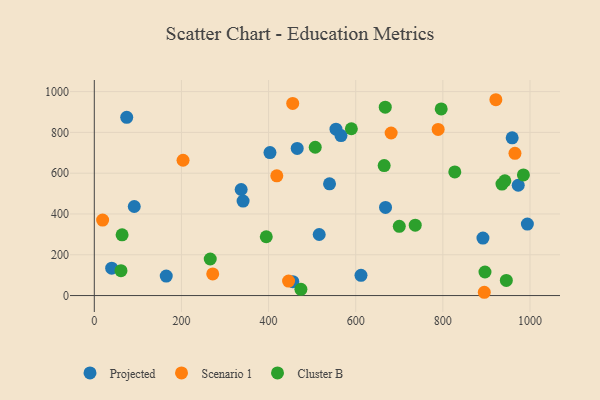
{"axis": {"x": "Investment", "y": "Fuel Efficiency"}, "legend": ["Cluster B", "Projected", "Scenario 1"], "data": [{"x": "554.7", "y": 815.9, "type": "Projected"}, {"x": "403.2", "y": 701.1, "type": "Projected"}, {"x": "516.2", "y": 299.5, "type": "Projected"}, {"x": "668.4", "y": 432.2, "type": "Projected"}, {"x": "165.1", "y": 95.7, "type": "Projected"}, {"x": "74.4", "y": 874.0, "type": "Projected"}, {"x": "465.7", "y": 721.4, "type": "Projected"}, {"x": "341.5", "y": 463.3, "type": "Projected"}, {"x": "994.0", "y": 350.4, "type": "Projected"}, {"x": "959.1", "y": 773.4, "type": "Projected"}, {"x": "892.0", "y": 281.8, "type": "Projected"}, {"x": "612.1", "y": 99.0, "type": "Projected"}, {"x": "39.9", "y": 134.5, "type": "Projected"}, {"x": "91.7", "y": 436.6, "type": "Projected"}, {"x": "973.0", "y": 540.8, "type": "Projected"}, {"x": "337.1", "y": 520.1, "type": "Projected"}, {"x": "539.9", "y": 547.8, "type": "Projected"}, {"x": "455.7", "y": 68.0, "type": "Projected"}, {"x": "566.2", "y": 784.5, "type": "Projected"}, {"x": "789.2", "y": 814.8, "type": "Scenario 1"}, {"x": "921.7", "y": 960.2, "type": "Scenario 1"}, {"x": "19.1", "y": 370.0, "type": "Scenario 1"}, {"x": "203.7", "y": 663.5, "type": "Scenario 1"}, {"x": "418.9", "y": 587.3, "type": "Scenario 1"}, {"x": "965.5", "y": 697.2, "type": "Scenario 1"}, {"x": "895.1", "y": 16.1, "type": "Scenario 1"}, {"x": "271.8", "y": 106.3, "type": "Scenario 1"}, {"x": "455.4", "y": 942.2, "type": "Scenario 1"}, {"x": "681.3", "y": 797.1, "type": "Scenario 1"}, {"x": "445.9", "y": 70.9, "type": "Scenario 1"}, {"x": "394.7", "y": 288.4, "type": "Cluster B"}, {"x": "736.6", "y": 345.0, "type": "Cluster B"}, {"x": "942.3", "y": 562.8, "type": "Cluster B"}, {"x": "266.1", "y": 179.3, "type": "Cluster B"}, {"x": "665.3", "y": 637.4, "type": "Cluster B"}, {"x": "984.9", "y": 591.6, "type": "Cluster B"}, {"x": "945.7", "y": 74.2, "type": "Cluster B"}, {"x": "667.8", "y": 923.8, "type": "Cluster B"}, {"x": "700.0", "y": 339.5, "type": "Cluster B"}, {"x": "63.8", "y": 297.7, "type": "Cluster B"}, {"x": "935.7", "y": 546.5, "type": "Cluster B"}, {"x": "474.2", "y": 30.4, "type": "Cluster B"}, {"x": "61.2", "y": 121.9, "type": "Cluster B"}, {"x": "796.2", "y": 915.3, "type": "Cluster B"}, {"x": "896.7", "y": 115.4, "type": "Cluster B"}, {"x": "590.0", "y": 817.8, "type": "Cluster B"}, {"x": "827.4", "y": 606.3, "type": "Cluster B"}, {"x": "507.1", "y": 727.1, "type": "Cluster B"}]}